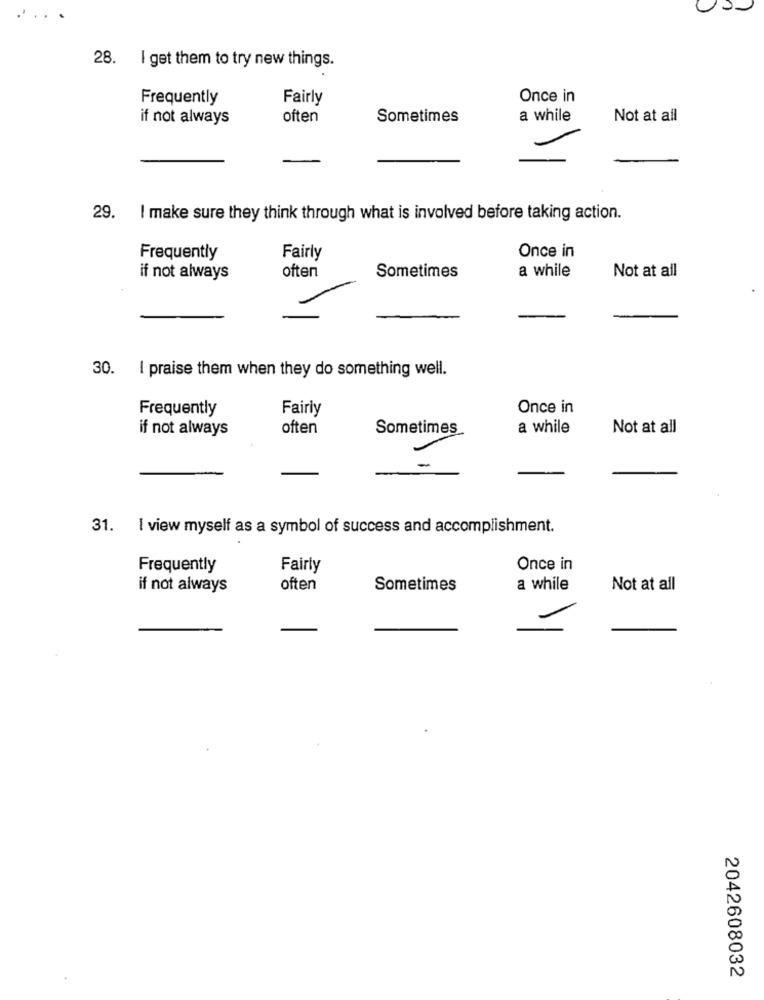
28. I get them to try new things.
Frequently
Fairly
Once in
if not always
often
Sometimes
a while
Not at all
29. I make sure they think through what is involved before taking action.
Once in
Frequently
Fairly
often
a while
Not at all
if not always
Sometimes
30. I praise them when they do something well.
Frequently
Fairly
Once in
if not always
often
Sometimes
a while
Not at all
31. I view myself as a symbol of success and accomplishment.
Frequently
Fairly
Once in
if not always
often
Sometimes
a while
Not at all
-
2042608032